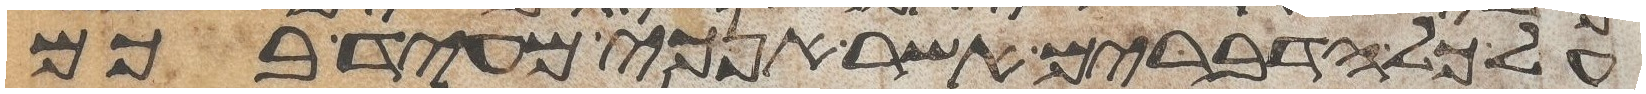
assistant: על כל הדברים אשר אנכי מעיד בכם